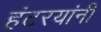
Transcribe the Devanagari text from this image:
हंटरयांनी